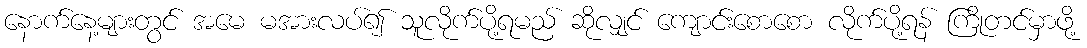
နောက်နေ့များတွင် အမေ မအားလပ်၍ သူလိုက်ပို့ရမည် ဆိုလျှင် ကျောင်းစောစော လိုက်ပို့ရန် ကြိုတင်မှာဖို့